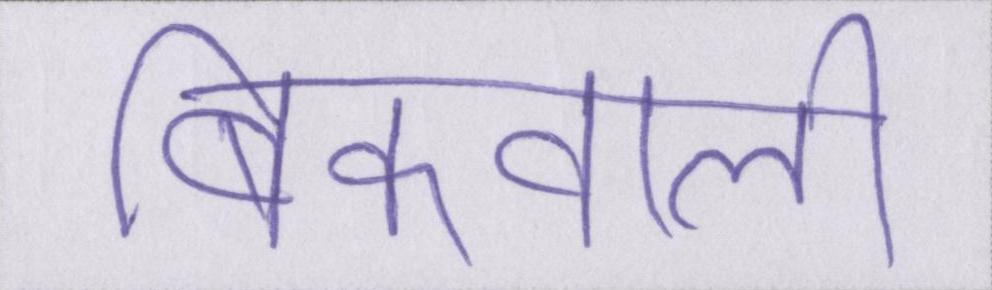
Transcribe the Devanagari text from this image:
बिकवाली